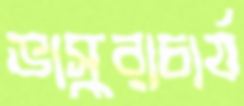
ভাস্করাচার্য